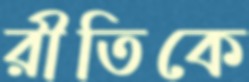
রীতিকে